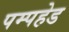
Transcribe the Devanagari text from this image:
पम्पहेड